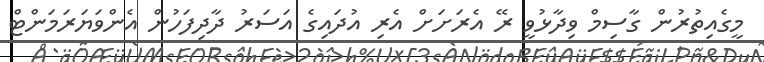
މީގެއިތުރުން ގާސިމް ވިދާޅުވީ ރޭ އެރަށަށް އެރި އުދައިގެ އަސަރު ދާދިފަހުން އެންވަޔަރަމަންޓް